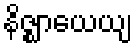
နိဇ္ဈာယေယျ